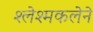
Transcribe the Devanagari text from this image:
श्लेश्मकलेने